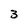
Character: 3